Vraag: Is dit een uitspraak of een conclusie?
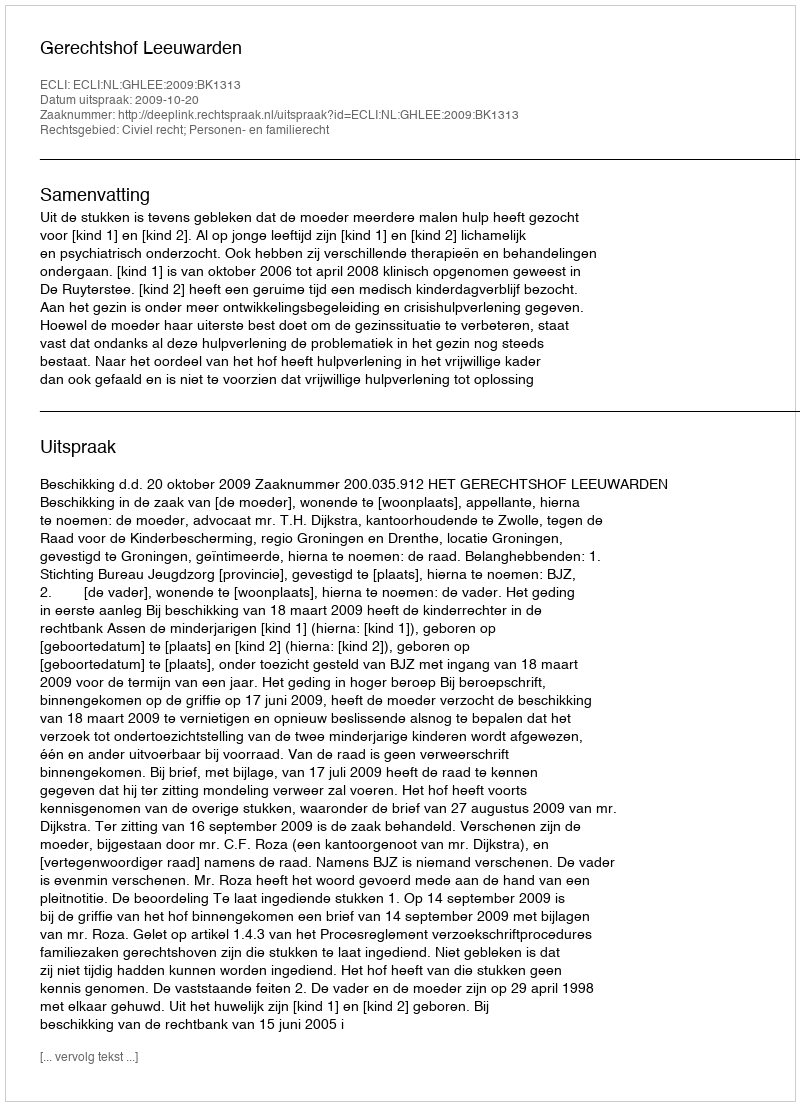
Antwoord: Uitspraak